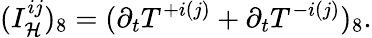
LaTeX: (I_{\mathcal{H}}^{ij})_{8}=(\partial_{t}T^{+i(j)}+\partial_{t}T^{-i(j)})_{8}.